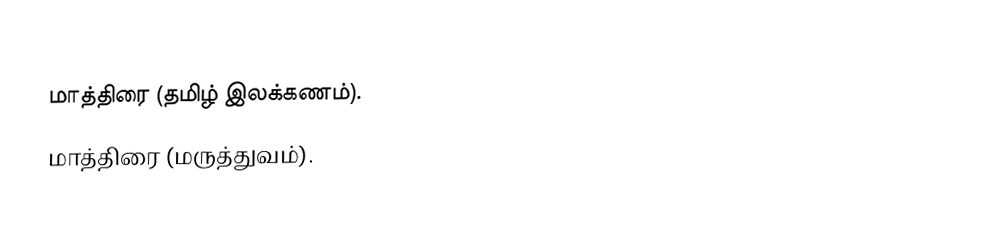
மாத்திரை (தமிழ் இலக்கணம்).
 மாத்திரை (மருத்துவம்).